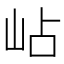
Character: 岾